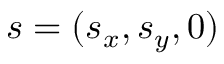
\boldsymbol { s } = ( s _ { x } , s _ { y } , 0 )